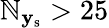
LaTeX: \mathbb{N}_{\mathbf{{y}}_{\mathrm{{s}}}}>25